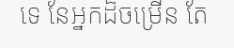
ទេ នែអ្នកដ៏ចម្រើន តែ